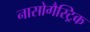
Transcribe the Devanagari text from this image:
नासोगैस्ट्रिक